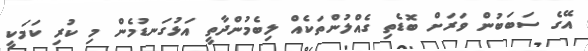
އޭގެ ސަބަބުން ވަރަށް ބޮޑެތި ގެއްލުންތަކެއް ލިބެމުންދާތީ އަޅުގަނޑުމެން މި ކުރި ކަމަކީ